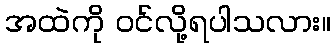
အထဲကို ဝင်လို့ရပါသလား။